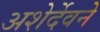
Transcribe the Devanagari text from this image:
अशेर्देवने